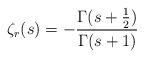
LaTeX: \begin{align*}\zeta_r(s) = - {{\Gamma(s + {{1} \over {2}})} \over {\Gamma(s + 1)}}\end{align*}